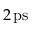
2 \, \mathrm { p s }